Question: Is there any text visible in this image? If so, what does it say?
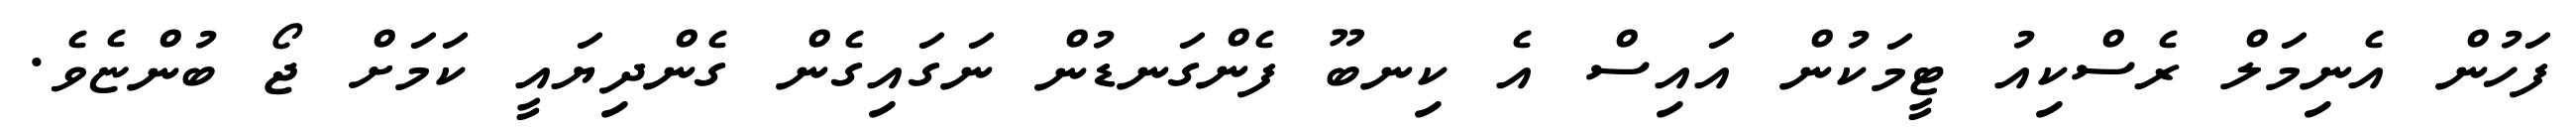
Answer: ފަހުން އެނިމަލް ރެސްކިއު ޓީމަކުން އައިސް އެ ކިނބޫ ފެންގަނޑުން ނަގައިގެން ގެންދިޔައީ ކަމަށް ޖޯ ބުންޏެވެ.